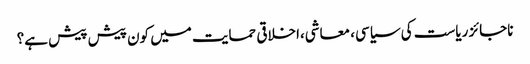
ناجائز ریاست کی سیاسی، معاشی،اخلاقی حمایت میں کون پیش پیش ہے؟